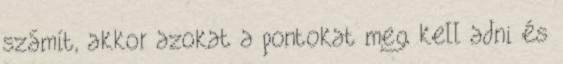
számít, akkor azokat a pontokat meg kell adni és